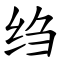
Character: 绉